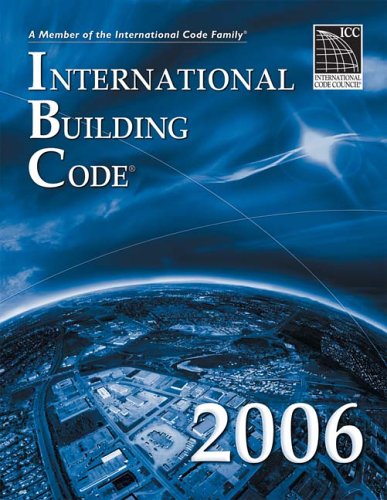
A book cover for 2006 International Building Code - Softcover Version: Softcover Version (International Building Code); International Code Council; Law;